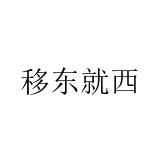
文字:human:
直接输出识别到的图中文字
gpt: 移东就西